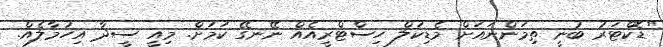
"ޑޮކްޓަރު ބުނީ ތިމަންނައަށް މެޑިކަލް ހިސްޓްރީއެއް ނޭނގޭ ކަމަށް. މިއީ ސީދާ އިހުމާލެއް.